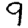
Digit: 9